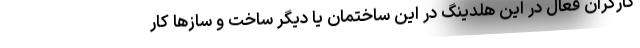
کارگران فعال در این هلدینگ در این ساختمان یا دیگر ساخت و سازها کار